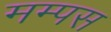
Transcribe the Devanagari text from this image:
मम्पस